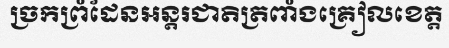
ច្រកព្រំដែនអន្តរជាតិត្រពាំងគ្រៀលខេត្ត